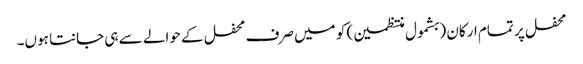
محفل پر تمام ارکان (بشمول منتظمین) کو میں صرف محفل کے حوالے سے ہی جانتا ہوں۔